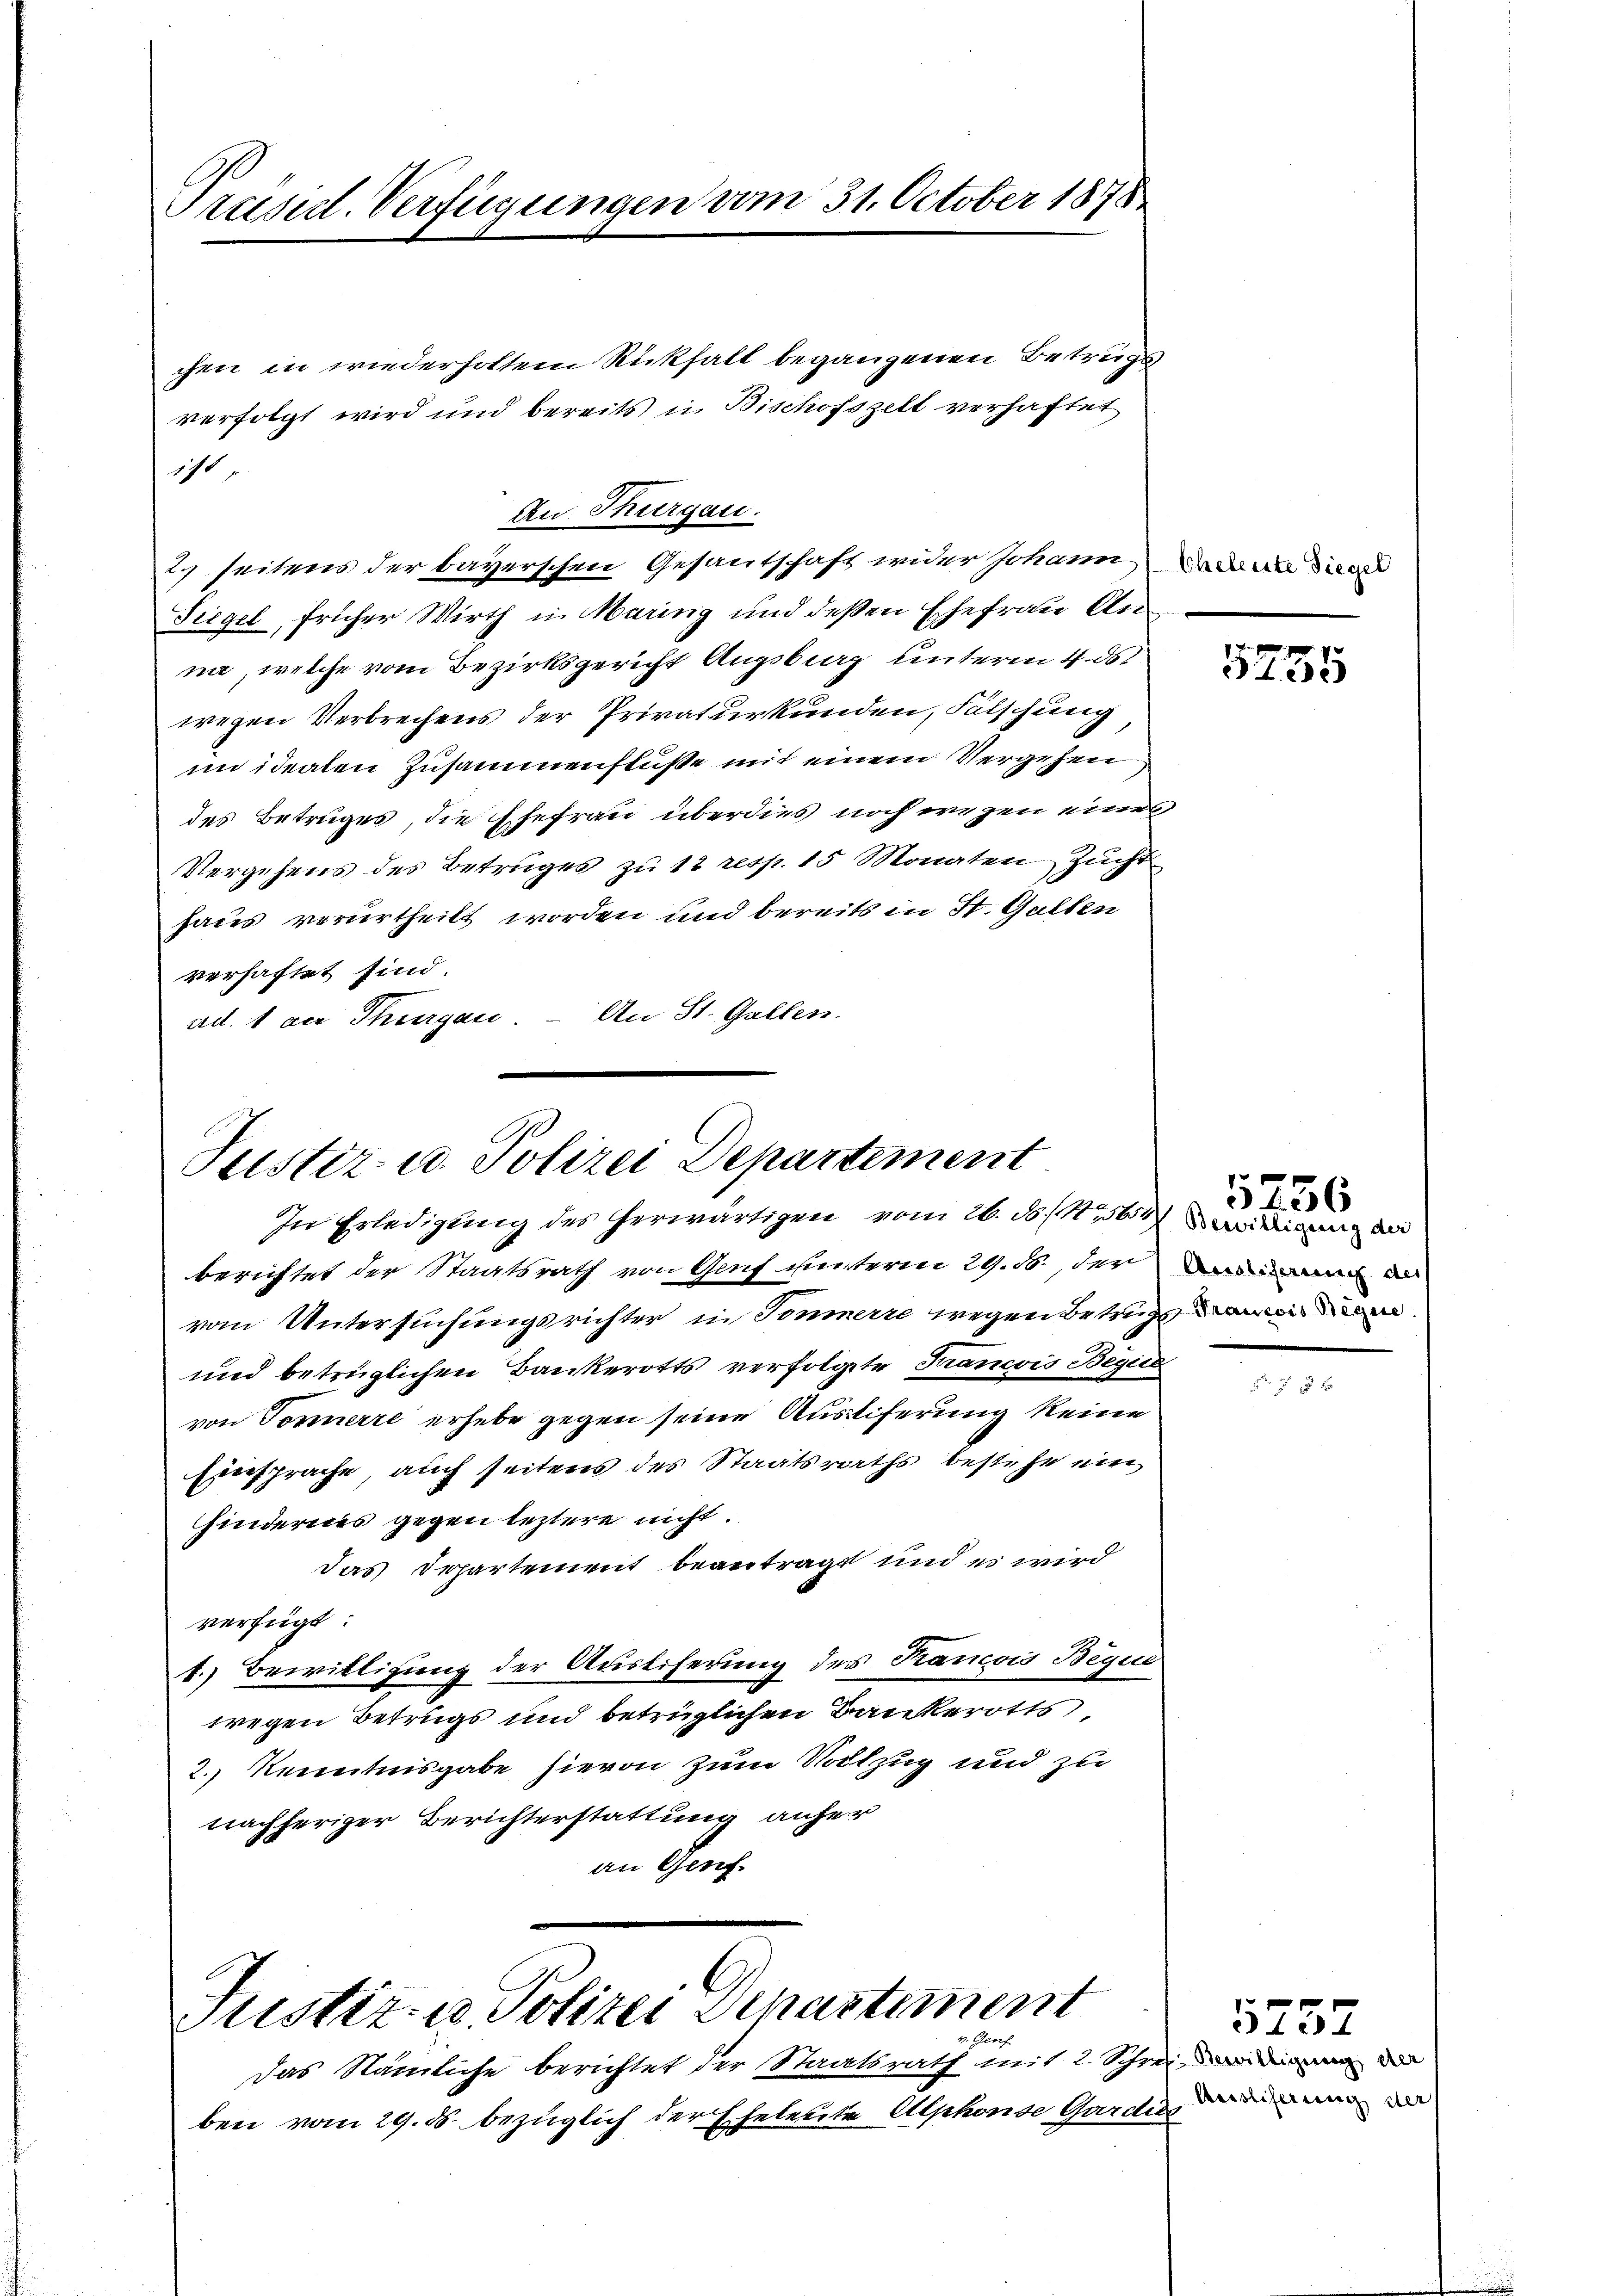
Präsid. Verfügungen vom 31. October 1878

chen in wiederholtem Rückhalt begangenen Betrugs
verfolgt wird und bereits in Bischofszell verhaftet
111
2) seitens der bayerschen Gesantschaft wider Johann an die
Tiegel, früher Wirth in Maring und deßen Ehefrau Kleina, welche vom Bezirksgericht Augsburg unterm 4. ds.
wegen Verbrechens der Privaturkunden, Fälschung
im idealen Zusammenflüße mit einem Vergehen
des Betruges, die Ehefrau überdies noch wegen eines
Vergehens des Betruges zu 12 resp. 15 Monaten Zucht
haus verurtheilt worden und bereits in St. Galten
verhaftet sind.
ad. 1 an Thurgau. – An St. Gallen.

Zu Thurgau.

Justiz- u. Polizei Departement
In Erledigung des herwärtigen vom 26. ds. . 11 1564 einigung der

berichtet der Staatsrath von Genf unterm 29. 16. der
vom Untersuchungsrichter in Sonnerte wegen Betrugse
und betrüglichen Bankerotts verfolgte Francois Begi
von Tonnerre erhebe gegen seine Ausstiferung keine
Einsprache, auch seitens des Staatsraths bestehe ein
hindernis gegen leztere nicht.
das Departement beantragt und es wird
verfügt
4.) Bewilligung der Auslieferung des Krancois Begu
wegen Betrugs und betrüglichen Bankerotts
2. Kenntnisgabe hievon zum Volzug und zu
nachheriger Berichterstattung anfer
an Gerif

Justiz- u. Polizei Lenartement

Das Nämliche berichtet der Staatsrath mit 2. Schre
ben vom 29. ds. bezüglich der Eheleute Alphonse Gardie

255

5256

f. Bewilligung der
 Aristiferung der

5257